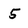
Character: 5